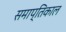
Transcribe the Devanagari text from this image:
समाप्तिकाल